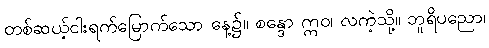
တစ်ဆယ့်ငါးရက်မြောက်သော နေ့၌။ စန္ဒော ဣဝ၊ လကဲ့သို့။ ဘူရိပညော၊